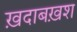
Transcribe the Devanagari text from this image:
ख़दाबख़श